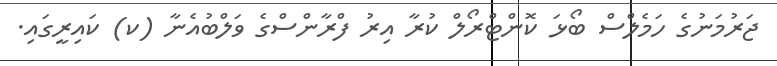
ޖަރުމަނުގެ ހަމެލްސް ބޯޅަ ކޮންޓްރޯލް ކުރާ އިރު ފްރާންސްގެ ވަލްބުއެނާ (ކ) ކައިރީގައި.